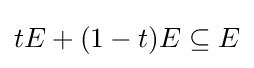
tE+(1-t)E\subseteq E